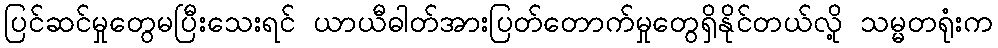
ပြင်ဆင်မှုတွေမပြီးသေးရင် ယာယီဓါတ်အားပြတ်တောက်မှုတွေရှိနိုင်တယ်လို့ သမ္မတရုံးက